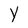
Character: Y